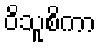
ဝိသူစိကာ